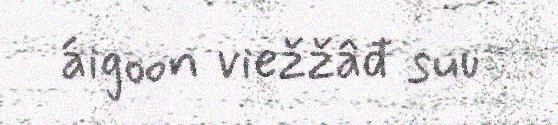
áigoon viežžâđ suu